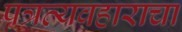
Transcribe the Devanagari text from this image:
पत्रव्यवहाराचा